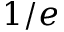
1 / e